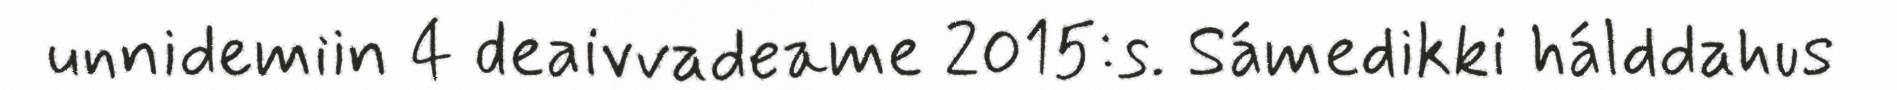
unnidemiin 4 deaivvadeame 2015:s. Sámedikki hálddahus